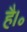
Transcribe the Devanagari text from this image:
है।॰